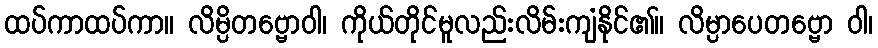
ထပ်ကာထပ်ကာ။ လိမ္ပိတဗ္ဗောဝါ၊ ကိုယ်တိုင်မူလည်းလိမ်းကျံနိုင်၏။ လိမ္ပာပေတဗ္ဗော ဝါ၊